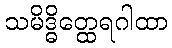
သမိဒ္ဓိတ္ထေရဂါထာ